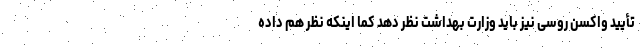
تأیید واکسن روسی نیز باید وزارت بهداشت نظر دهد کما اینکه نظر هم داده